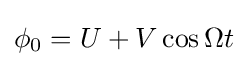
\phi _{0}=U+V\cos \Omega t